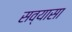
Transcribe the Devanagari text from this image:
सव्यासा